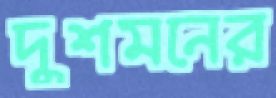
দুশমনের